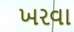
ખરવા